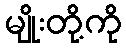
မျိုးတို့ကို